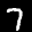
Digit: 7